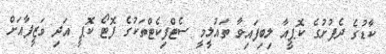
ކާޑުގެ ދެފުށުގެ ކޮޕީއާ ލިބިފައިވާ ތައުލީމީ ސެޓްފިކެޓްތަކުގެ ފޮޓޯ ކޮޕީ އަދި ވަޒީފާއަށް